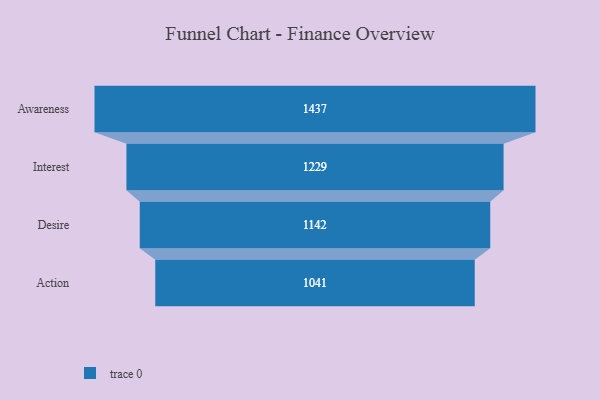
{"axis": {"x": "Stage", "y": "Value"}, "legend": [""], "data": [{"x": "Awareness", "y": 1437.0, "type": ""}, {"x": "Interest", "y": 1229.0, "type": ""}, {"x": "Desire", "y": 1142.0, "type": ""}, {"x": "Action", "y": 1041.0, "type": ""}]}